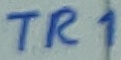
Text: TR1